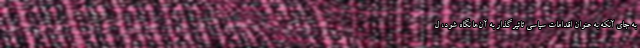
به جای آنکه به عنوان اقدامات سیاسی تاثیرگذار به آن‌ها نگاه شود، ل